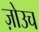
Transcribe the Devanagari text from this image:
ज़ोउच